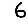
Digit: 6